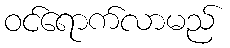
ဝင်ရောက်လာမည်